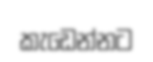
කැඩෙන්නට